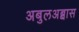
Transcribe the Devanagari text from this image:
अबुलअब्बास